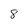
Character: 8